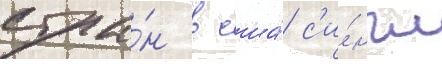
стра́н в сша́ с'и́нгл